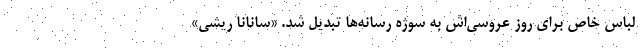
لباس خاص برای روز عروسی‌اش به سوژه رسانه‌ها تبدیل شد. «سانانا ریشی»